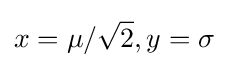
x=\mu /{\sqrt {2}},y=\sigma